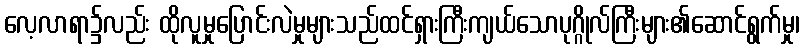
လေ့လာရာ၌လည်း ထိုလူမှုပြောင်းလဲမှုများသည်ထင်ရှားကြီးကျယ်သောပုဂ္ဂိုလ်ကြီးများ၏ဆောင်ရွက်မှု၊